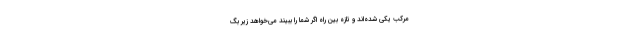
مَرکب یکی شده‌اند و تازه بین راه اگر شما را ببیند می‌خواهد زیر بگ